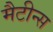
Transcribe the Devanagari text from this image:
मैटीन्स